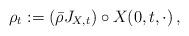
LaTeX: \begin{align*}\rho_t:= (\bar\rho J_{X,t}) \circ X(0,t,\cdot)\, ,\end{align*}